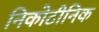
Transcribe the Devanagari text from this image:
निकोटीनिक